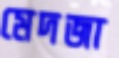
মেদজা